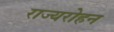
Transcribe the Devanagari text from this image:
राज्यरोहन